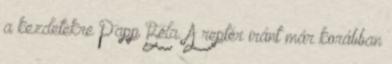
a kezdetekre Papp Béla. A reptér iránt már korábban